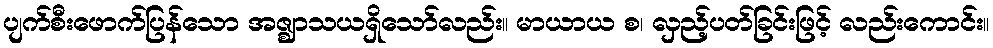
ပျက်စီးဖောက်ပြန်သော အဇ္ဈာသယရှိသော်လည်း။ မာယာယ စ၊ လှည့်ပတ်ခြင်းဖြင့် လည်းကောင်း။